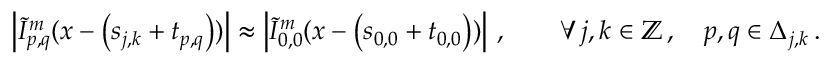
\left\vert \tilde { I } _ { p , q } ^ { m } ( \boldsymbol { x } - \left( \boldsymbol { s } _ { j , k } + \boldsymbol { t } _ { p , q } \right) ) \right\vert \approx \left\vert \tilde { I } _ { 0 , 0 } ^ { m } ( \boldsymbol { x } - \left( \boldsymbol { s } _ { 0 , 0 } + \boldsymbol { t } _ { 0 , 0 } \right) ) \right\vert \, , \qquad \forall \, j , k \in \mathbb { Z } \, , \quad p , q \in \Delta _ { j , k } \, .